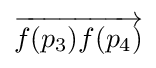
{\overrightarrow {f(p_{3})f(p_{4})}}